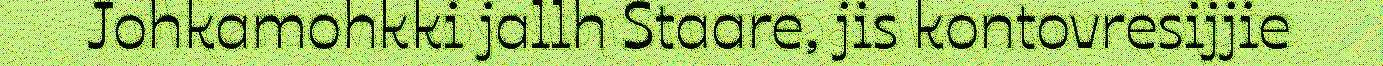
Johkamohkki jallh Staare, jis kontovresijjie